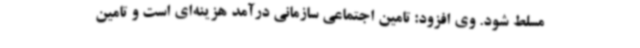
مسلط شود. وی افزود: تامین اجتماعی سازمانی درآمد هزینه‌ای است و تامین